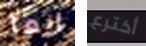
إنها أخترع